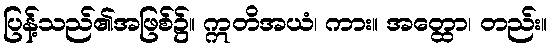
ပြန့်သည်၏အဖြစ်၌။ ဣတိအယံ၊ ကား။ အတ္ထော၊ တည်း။